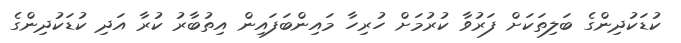
ކުޑަކުދިންގެ ބަލިތަކަށް ފަރުވާ ކުރުމަށް ހުރިހާ މައިންބަފައިން އިތުބާރު ކުރާ އަދި ކުޑަކުދިންގެ